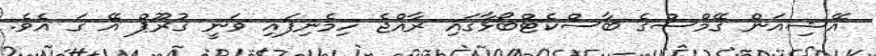
އޭޝިއަން ގޭމްސްގެ ބާސްކެޓްބޯޅާގައި ރާއްޖެ ހިމެނިފައި ވަނީ ގުރޫޕް އޭ ގަ އެވެ.